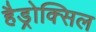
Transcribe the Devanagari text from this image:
हैड्रोक्सिल